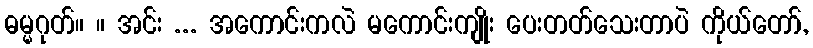
ဓမ္မဂုတ်။ ။ အင်း ... အကောင်းကလဲ မကောင်းကျိုး ပေးတတ်သေးတာပဲ ကိုယ်တော်,